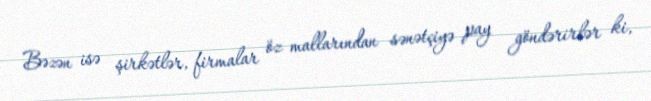
Bəzən isə şirkətlər, firmalar öz mallarından sənətçiyə pay göndərirlər ki,